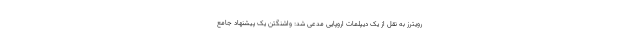
رویترز به نقل از یک دیپلمات اروپایی مدعی شد: واشنگتن یک پیشنهاد جامع